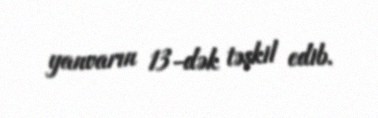
yanvarın 13-dək təşkil edib.